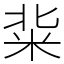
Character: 䉾